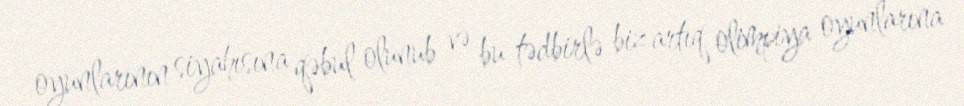
oyunlarının siyahısına qəbul olunub və bu tədbirlə biz artıq olimpiya oyunlarına